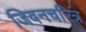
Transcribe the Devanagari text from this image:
जिवनचरित्र